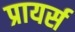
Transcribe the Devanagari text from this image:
प्रायर्स